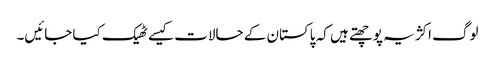
لوگ اکژ یہ پوچھتے ہیں کہ پاکستان کے حالات کیسے ٹھیک کیا جائیں۔